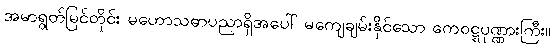
အမာရွတ်မြင်တိုင်း မဟောသဓာပညာရှိအပေါ် မကျေချမ်းနိုင်သော ကေဝဋ္ဋပုဏ္ဏားကြီး။